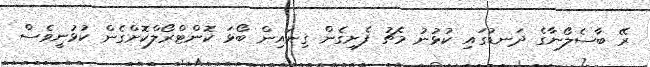
ރޭ ބާސެލޯނާގެ ދަނޑުގައި ކުޅުނު މެޗު ފެށިގެން ގިނައިން ބޯޅަ ކޮންޓްރޯލްކޮށްގެން ކުޅުނީވެސް